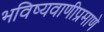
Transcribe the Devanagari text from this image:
भविष्यवाणीप्रमाणे